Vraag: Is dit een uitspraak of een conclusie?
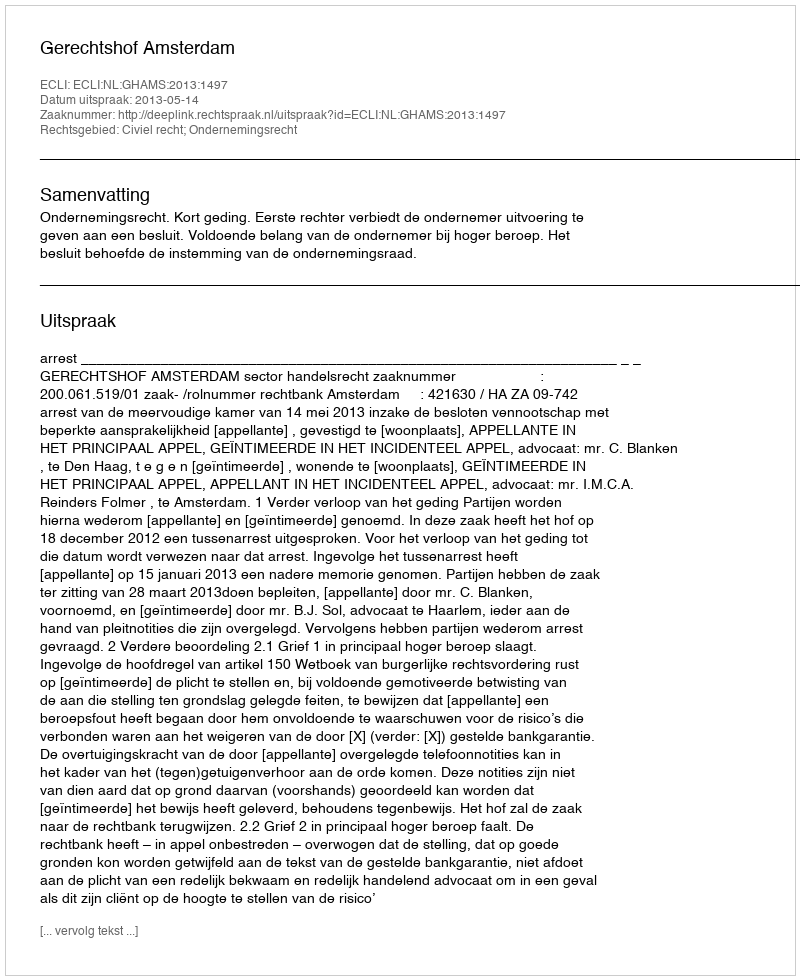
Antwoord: Uitspraak